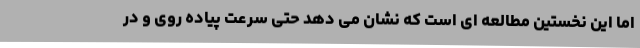
اما این نخستین مطالعه ای است که نشان می دهد حتی سرعت پیاده روی و در